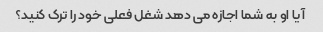
آیا او به شما اجازه می دهد شغل فعلی خود را ترک کنید؟